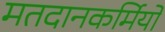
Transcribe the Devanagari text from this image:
मतदानकर्मियों